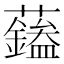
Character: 𧄭